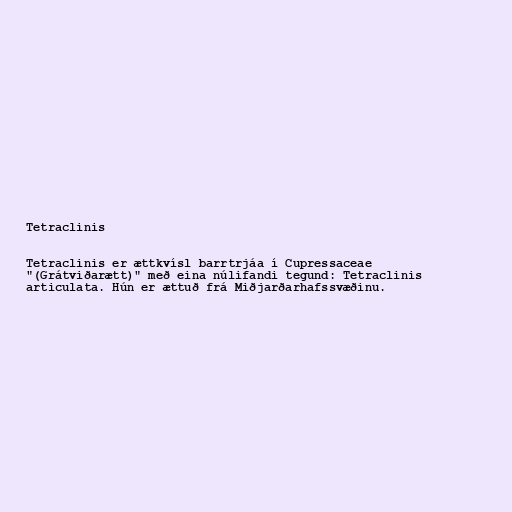
Tetraclinis

Tetraclinis er ættkvísl barrtrjáa í Cupressaceae
"(Grátviðarætt)" með eina núlifandi tegund: Tetraclinis
articulata. Hún er ættuð frá Miðjarðarhafssvæðinu.